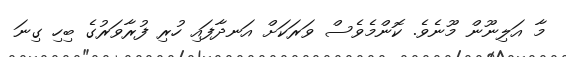
މާ އަލިނޫން މޫނެވެ. ކޮންމެވެސް ވަރަކަށް އަނދާފައި ހުރި ފުރާވަރުގެ ބިހި ގިނަ